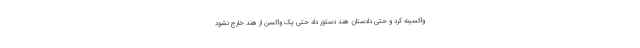
واکسینه کرد و حتی دادستان هند دستور داد حتی یک واکسن از هند خارج نشود